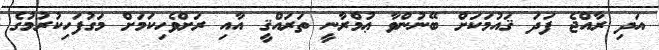
އަދި ރާއްޖެ ފަދަ ޤައުމަކަށް ބޭނުންވާ ޢުމްރާނީ ތަރައްޤީ އާއި ރަށްވެހިކަމަށް މަގުފަހިކުރުމުގެ